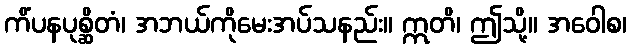
ကိံပနပုစ္ဆိတံ၊ အဘယ်ကိုမေးအပ်သနည်း။ ဣတိ၊ ဤသို့။ အဝေါစ၊